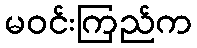
မဝင်းကြည်က